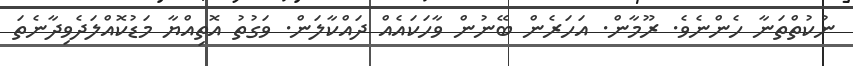
ނުކުތްތަނާ ހެންނެވެ. ރޫމާން. އަހަރެން ބޭނުން ވާހަކައެއް ދައްކާލަން. ވަގުތު އޮތިއްޔާ މަޑުކޮއްލަދެވިދާނެތަ